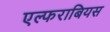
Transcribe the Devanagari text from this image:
एल्फराबियस